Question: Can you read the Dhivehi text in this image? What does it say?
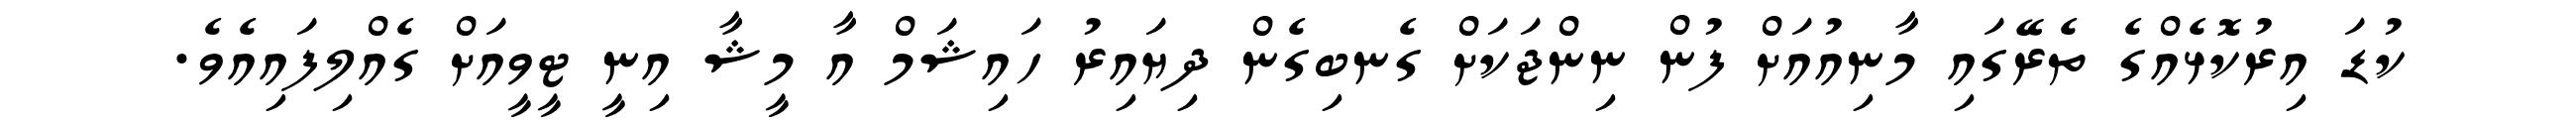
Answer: ކުޑަ އިރުކޮޅެއްގެ ތެރޭގައި މާނިއުއަށް ފުން ނިންޖަކަށް ގެނބިގެން ދިޔައިރު ހައިޝަމް އާ މީޝާ އިނީ ޓީވީއަށް ގެއްލިފައިއެވެ.